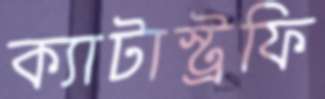
ক্যাটাস্ট্রফি